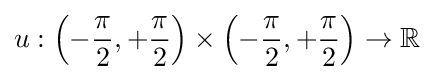
u:\left(-{\frac {\pi }{2}},+{\frac {\pi }{2}}\right)\times \left(-{\frac {\pi }{2}},+{\frac {\pi }{2}}\right)\to \mathbb {R}